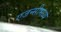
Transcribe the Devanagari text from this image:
एजन्सीमध्ये